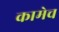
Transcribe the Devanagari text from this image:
कामेच